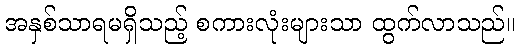
အနှစ်သာရမရှိသည့် စကားလုံးများသာ ထွက်လာသည်။